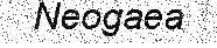
Neogaea